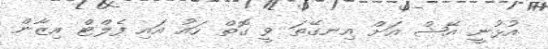
އުޅުނީ އޭޝް އަށް އިނގޭތަ ވީ ގޮތް ހައު އައި ފެލްޓް އިޒާން